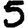
Digit: 5